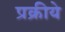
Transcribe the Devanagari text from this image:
प्रक्रीये